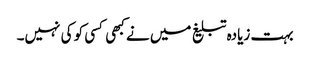
بہت زیادہ تبلیغ میں نے کبھی کسی کو کی نہیں۔